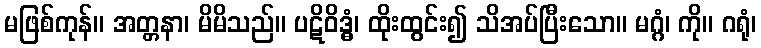
မဖြစ်ကုန်။ အတ္တနာ၊ မိမိသည်။ ပဋိဝိဒ္ဓံ၊ ထိုးထွင်း၍ သိအပ်ပြီးသော။ မဂ္ဂံ၊ ကို။ ဂရုံ၊